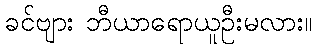
ခင်ဗျား ဘီယာရောယူဦးမလား။